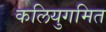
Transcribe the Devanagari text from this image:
कलियुगमित